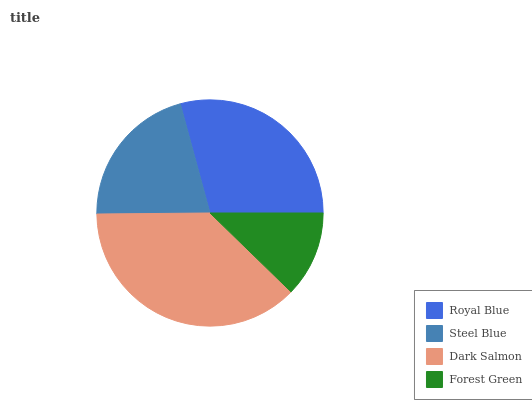
| Royal Blue | Steel Blue | Dark Salmon | Forest Green |
 | --- | --- | --- | --- |
 | 29.3% | 20.9% | 37.6% | 12.3% |